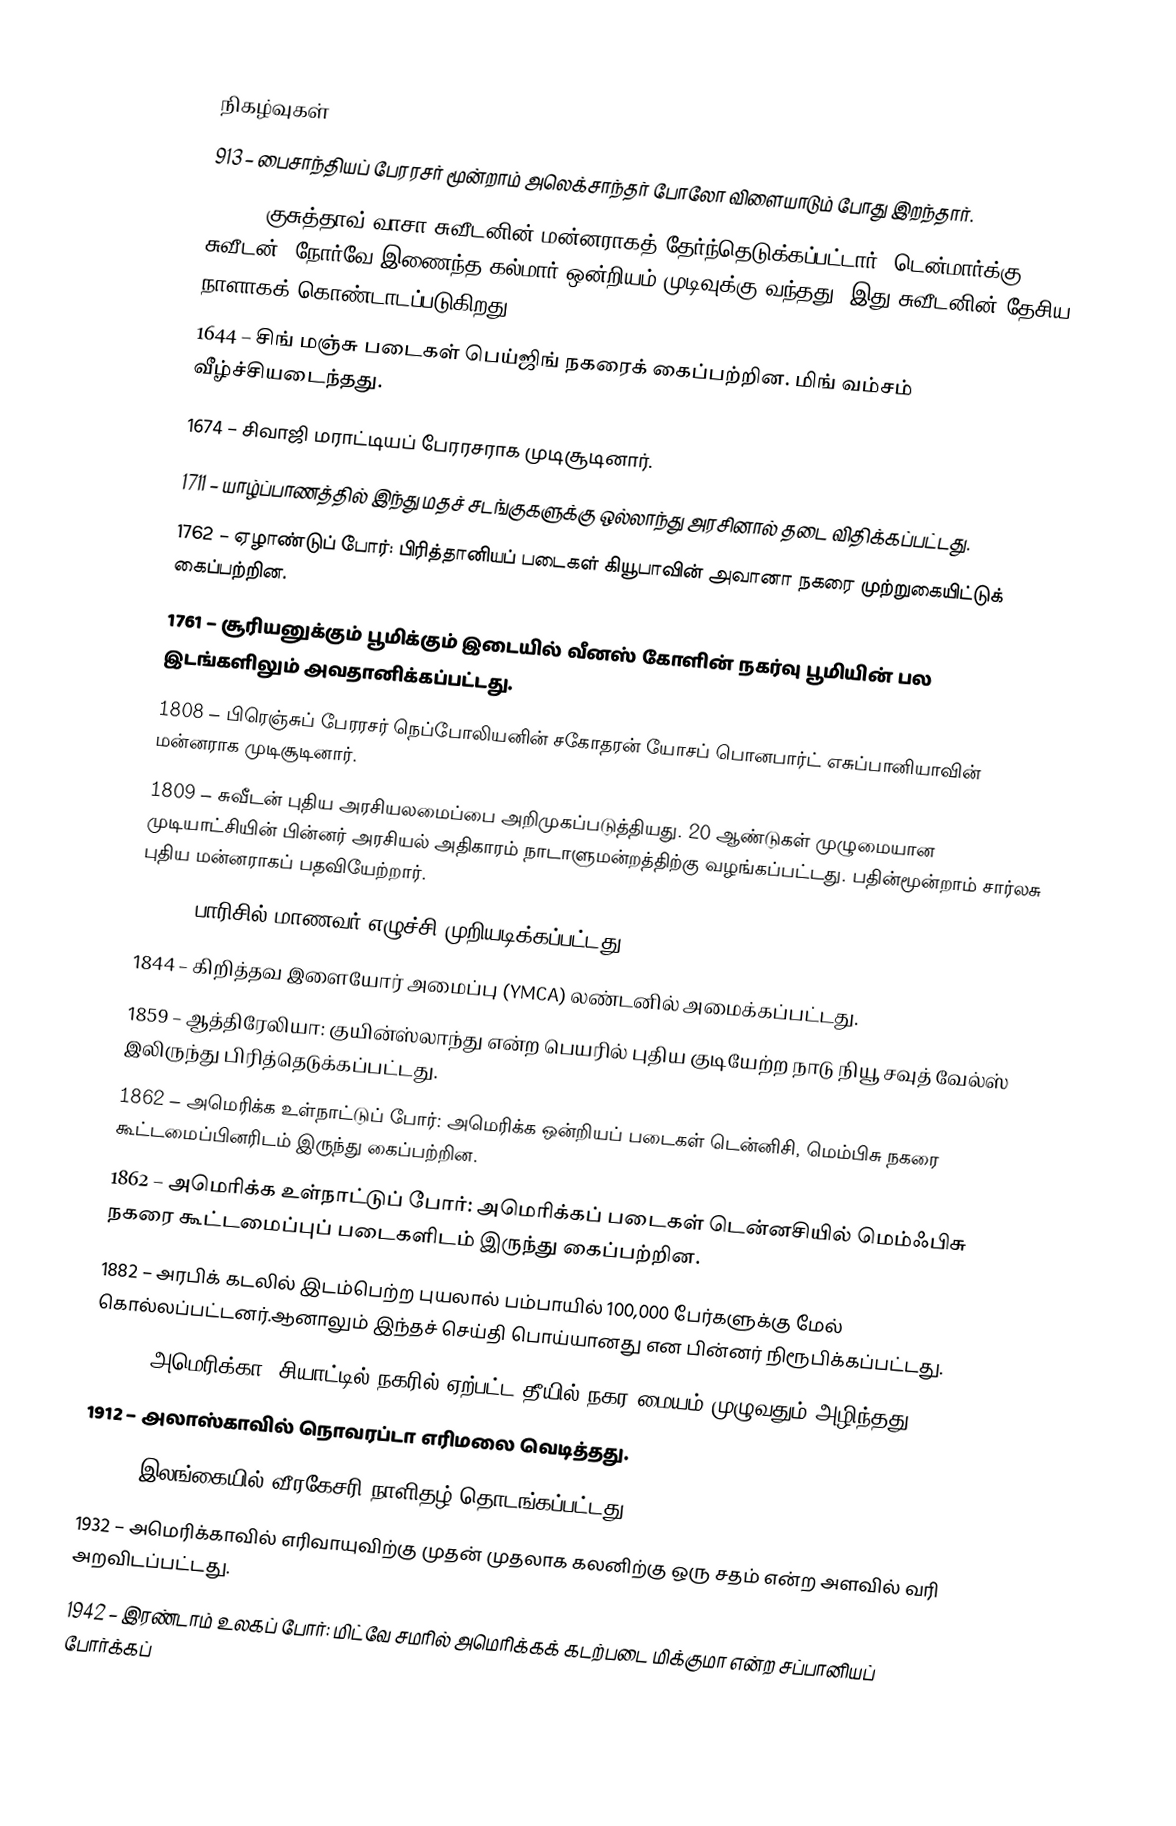

நிகழ்வுகள்
913 – பைசாந்தியப் பேரரசர் மூன்றாம் அலெக்சாந்தர் போலோ விளையாடும் போது இறந்தார்.
1523 – குசுத்தாவ் வாசா சுவீடனின் மன்னராகத் தேர்ந்தெடுக்கப்பட்டார். டென்மார்க்கு, சுவீடன், நோர்வே இணைந்த கல்மார் ஒன்றியம் முடிவுக்கு வந்தது. இது சுவீடனின் தேசிய நாளாகக் கொண்டாடப்படுகிறது.
1644 – சிங் மஞ்சு படைகள் பெய்ஜிங் நகரைக் கைப்பற்றின. மிங் வம்சம் வீழ்ச்சியடைந்தது.
1674 – சிவாஜி மராட்டியப் பேரரசராக முடிசூடினார்.
1711 – யாழ்ப்பாணத்தில் இந்து மதச் சடங்குகளுக்கு ஒல்லாந்து அரசினால் தடை விதிக்கப்பட்டது.
1762 – ஏழாண்டுப் போர்: பிரித்தானியப் படைகள் கியூபாவின் அவானா நகரை முற்றுகையிட்டுக் கைப்பற்றின.
1761 – சூரியனுக்கும் பூமிக்கும் இடையில் வீனஸ் கோளின் நகர்வு பூமியின் பல இடங்களிலும் அவதானிக்கப்பட்டது.
1808 – பிரெஞ்சுப் பேரரசர் நெப்போலியனின் சகோதரன் யோசப் பொனபார்ட் எசுப்பானியாவின் மன்னராக முடிசூடினார்.
1809 – சுவீடன் புதிய அரசியலமைப்பை அறிமுகப்படுத்தியது. 20 ஆண்டுகள் முழுமையான முடியாட்சியின் பின்னர் அரசியல் அதிகாரம் நாடாளுமன்றத்திற்கு வழங்கப்பட்டது. பதின்மூன்றாம் சார்லசு புதிய மன்னராகப் பதவியேற்றார்.
1832 – பாரிசில் மாணவர் எழுச்சி முறியடிக்கப்பட்டது.
1844 – கிறித்தவ இளையோர் அமைப்பு (YMCA) லண்டனில் அமைக்கப்பட்டது.
1859 – ஆத்திரேலியா: குயின்ஸ்லாந்து என்ற பெயரில் புதிய குடியேற்ற நாடு நியூ சவுத் வேல்ஸ் இலிருந்து பிரித்தெடுக்கப்பட்டது.
1862 – அமெரிக்க உள்நாட்டுப் போர்: அமெரிக்க ஒன்றியப் படைகள் டென்னிசி, மெம்பிசு நகரை கூட்டமைப்பினரிடம் இருந்து கைப்பற்றின.
1862 – அமெரிக்க உள்நாட்டுப் போர்: அமெரிக்கப் படைகள் டென்னசியில் மெம்ஃபிசு நகரை கூட்டமைப்புப் படைகளிடம் இருந்து கைப்பற்றின.
1882 – அரபிக் கடலில் இடம்பெற்ற புயலால் பம்பாயில் 100,000 பேர்களுக்கு மேல் கொல்லப்பட்டனர்.ஆனாலும் இந்தச் செய்தி பொய்யானது என பின்னர் நிரூபிக்கப்பட்டது.
1889 – அமெரிக்கா, சியாட்டில் நகரில் ஏற்பட்ட தீயில் நகர மையம் முழுவதும் அழிந்தது.
1912 – அலாஸ்காவில் நொவரப்டா எரிமலை வெடித்தது.
1930 – இலங்கையில் வீரகேசரி நாளிதழ் தொடங்கப்பட்டது.
1932 – அமெரிக்காவில் எரிவாயுவிற்கு முதன் முதலாக கலனிற்கு ஒரு சதம் என்ற அளவில் வரி அறவிடப்பட்டது.
1942 – இரண்டாம் உலகப் போர்: மிட்வே சமரில் அமெரிக்கக் கடற்படை மிக்குமா என்ற சப்பானியப் போர்க்கப்